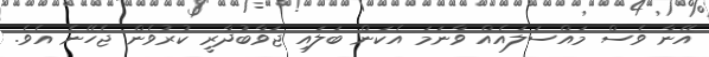
އޭނާ ވެސް މައްސަލައެއް ވާނަމަ އެކަން ބަލައި ޖަވާބުދާރީ ކުރުވެން ޖެހޭނެ އެވެ.